Annual returns of the Patna Lunatic Asylum at Bankipore in Bihar and Orissa - 1912-1924
Year: 1912
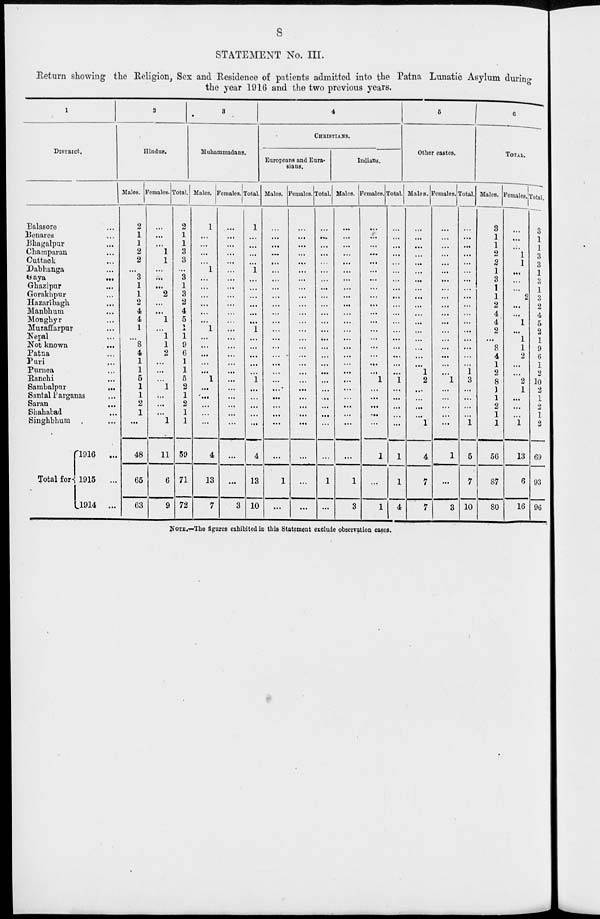
8
STATEMENT No. III.
Return showing the Religion, Sex and Residence of patients admitted into the Patna Lunatic Asylum during
the year 1916 and the two previous years.
1
DISTRICT.
Balasore ...
Benares ...
Bhagalpur ...
Champaran ...
Cuttack ...
Dabhanga ...
Gaya
...
Ghazipur ...
Gorakhpur ...
Hazaribagh ...
Manbhum ...
Mongbyr ...
Muzaffarpur ...
Nepal ...
Not known
...
Patna ...
Puri ...
Purnea ...
Ranchi ...
Sambalpur
...
Santal Parganas ...
Saran ...
Shahabad ...
Singhbhum ...
Total for-
1916
...
1915
...
1914
...
2
Hindus.
Males.
2
1
1
2
2
...
3
1
1
2
4
4
1
...
8
4
1
1
5
1
1
2
1
...
48
65
63
Females.
...
...
...
1
1
...
...
...
2
...
...
1
...
1
1
2
...
...
...
1
...
...
...
1
11
6
9
Total.
2
1
1
3
3
...
3
1
3
2
4
5
1
1
9
6
1
1
5
2
1
2
1
1
59
71
72
3
Muhammadans.
Males.
1
...
...
...
...
1
...
...
...
...
...
...
1
...
...
...
...
...
1
...
...
...
...
...
4
13
7
Females.
...
...
...
...
...
...
...
...
...
...
...
...
...
...
...
...
...
...
...
...
...
...
...
...
...
...
3
Total.
1
...
...
...
...
1
...
...
...
...
...
...
1
...
...
...
...
...
1
...
...
...
...
...
4
13
10
4
CHRISTIANS.
Europeans and Eura-
sians.
Males.
...
...
...
...
...
...
...
...
...
...
...
...
...
...
...
...
...
...
...
...
...
...
...
...
...
1
...
Females.
...
...
...
...
...
...
...
...
...
...
...
...
...
...
...
...
...
...
...
...
...
...
...
...
...
...
...
Total.
...
...
...
...
...
...
...
...
...
...
...
...
...
...
...
...
...
...
...
...
...
...
...
...
...
1
...
Indians.
Males.
...
...
...
...
...
...
...
...
...
...
...
...
...
...
...
...
...
...
...
...
...
...
...
...
...
1
3
Females.
...
...
...
...
...
...
...
...
...
...
...
...
...
...
...
...
...
...
1
...
...
...
...
...
1
...
1
Total.
...
...
...
...
...
...
...
...
...
...
...
...
...
...
...
...
...
...
1
...
...
...
...
...
1
1
4
5
Other castes.
Males.
...
...
...
...
...
...
...
...
...
...
...
...
...
...
...
...
...
1
2
...
...
...
...
1
4
7
7
Females.
...
...
...
...
...
...
...
...
...
...
...
...
...
...
...
...
...
...
1
...
...
...
...
...
1
...
3
Total.
...
...
...
...
...
...
...
...
...
...
...
...
...
...
...
...
...
1
3
...
...
...
...
1
5
7
10
6
TOTAL.
Males.
3
1
1
2
2
1
3
1
1
2
4
4
2
...
8
4
1
2
8
1
1
2
1
1
56
87
80
Females.
...
...
...
1
1
...
...
...
2
...
...
1
...
1
1
2
...
...
2
1
...
...
...
1
13
6
16
Total.
3
1
1
3
3
1
3
1
3
2
4
5
2
1
9
6
1
2
10
2
1
2
1
2
60
93
96
NOTE.—The figures exhibited in this Statement exclude observation cases.